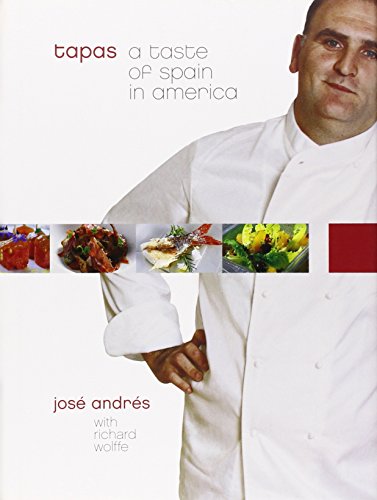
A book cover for Tapas: A Taste of Spain in America; Jose Andres; Cookbooks, Food & Wine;